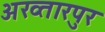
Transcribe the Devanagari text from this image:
अख्तारपुर